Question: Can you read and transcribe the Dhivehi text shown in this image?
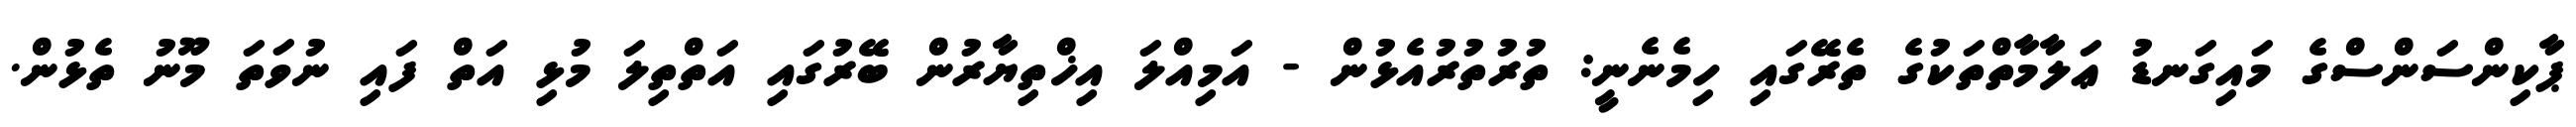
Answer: ޕާކިންސަންސްގެ މައިގަނޑު ޢަލާމާތްތަކުގެ ތެރޭގައި ހިމެނެނީ: ތުރުތުރުއެޅުން - އަމިއްލަ އިޚްތިޔާރުން ބޭރުގައި އަތްތިލަ މުޅި އަތް ފައި ނުވަތަ މޫނު ތެޅުން.